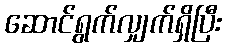
ဆောင်ရွက်လျှက်ရှိပြီး